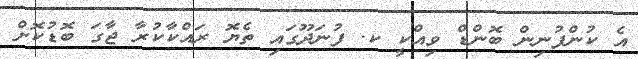
އެ ކުންފުނިން ބޮންޑް ވިއްކީ ކ. ފުނަދޫގައި ތެޔޮ ރައްކާކުރާ ޖާގަ ބޮޑުކޮށް